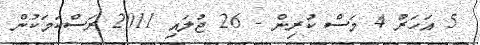
5 އަހަރު 4 މަސް ކުރިން - 26 ޖުލައި 2011 ރަސްކަމަކުން